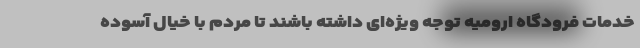
خدمات فرودگاه ارومیه توجه ویژه‌ای داشته باشند تا مردم با خیال آسوده